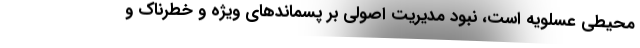
محیطی عسلویه است، نبود مدیریت اصولی بر پسماندهای ویژه و خطرناک و